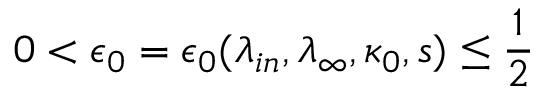
0 < \epsilon _ { 0 } = \epsilon _ { 0 } ( \lambda _ { i n } , \lambda _ { \infty } , \kappa _ { 0 } , s ) \leq \frac 1 2